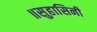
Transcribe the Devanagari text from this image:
॥सुहासिनी